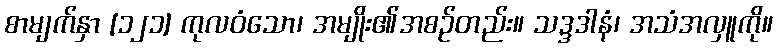
စာမျက်နှာ [၁၂၁] ကုလဝံသော၊ အမျိုး၏အစဉ်တည်း။ သဒ္ဒဒါနံ၊ အသံအလှူကို။